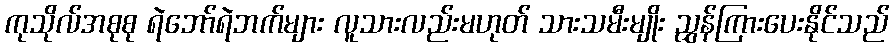
ကုသိုလ်အစုစု ရဲဘော်ရဲဘက်များ လူသားလည်းမဟုတ် သားသမီးမျိုး ညွှန်ကြားပေးနိုင်သည်